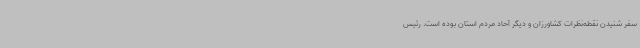
سفر شنیدن نقطه‌نظرات کشاورزان و دیگر آحاد مردم استان بوده است. رئیس